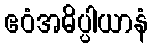
ဧဝံအဓိပ္ပါယာနံ